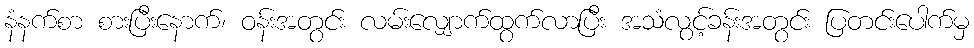
နံနက်စာ စားပြီးနောက်၊ ဝန်းအတွင်း လမ်းလျှောက်ထွက်လာပြီး အသံလွင့်ခန်းအတွင်း ပြတင်းပေါက်မှ